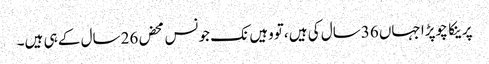
پرینکا چوپڑا جہاں 36سال کی ہیں ،تووہیں نک جونس محض 26سال کے ہی ہیں۔